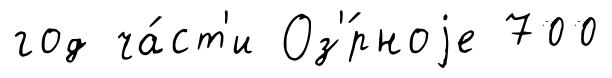
год ча́ст'и Оз'́рноjе 700